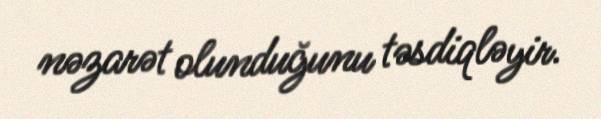
nəzarət olunduğunu təsdiqləyir.